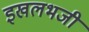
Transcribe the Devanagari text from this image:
इखलभजी